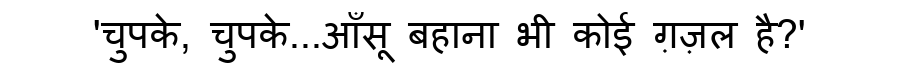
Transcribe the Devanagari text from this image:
'चुपके, चुपके...आँसू बहाना भी कोई ग़ज़ल है?'